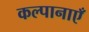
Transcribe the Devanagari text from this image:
कल्पानाएँ